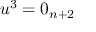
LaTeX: u ^ { 3 } = 0 _ { n + 2 }